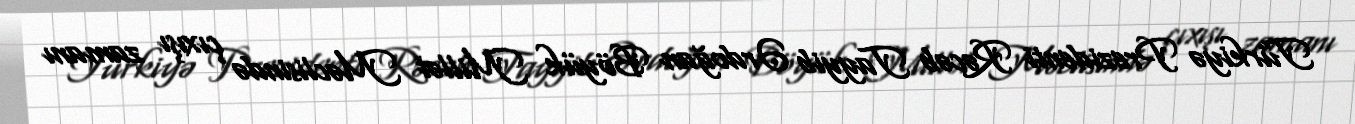
Türkiyə Prezidenti Rəcəb Tayyib Ərdoğan Böyük Millət Məclisində çıxışı zamanı